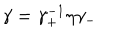
LaTeX: \gamma = \gamma _ { + } ^ { - 1 } \eta \gamma _ { - }